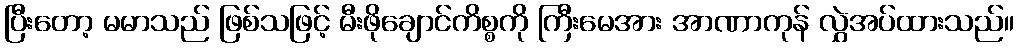
ပြီးတော့ မမာသည် ဖြစ်သဖြင့် မီးဖိုချောင်ကိစ္စကို ကြီးမေအား အာဏာကုန် လွှဲအပ်ထားသည်။